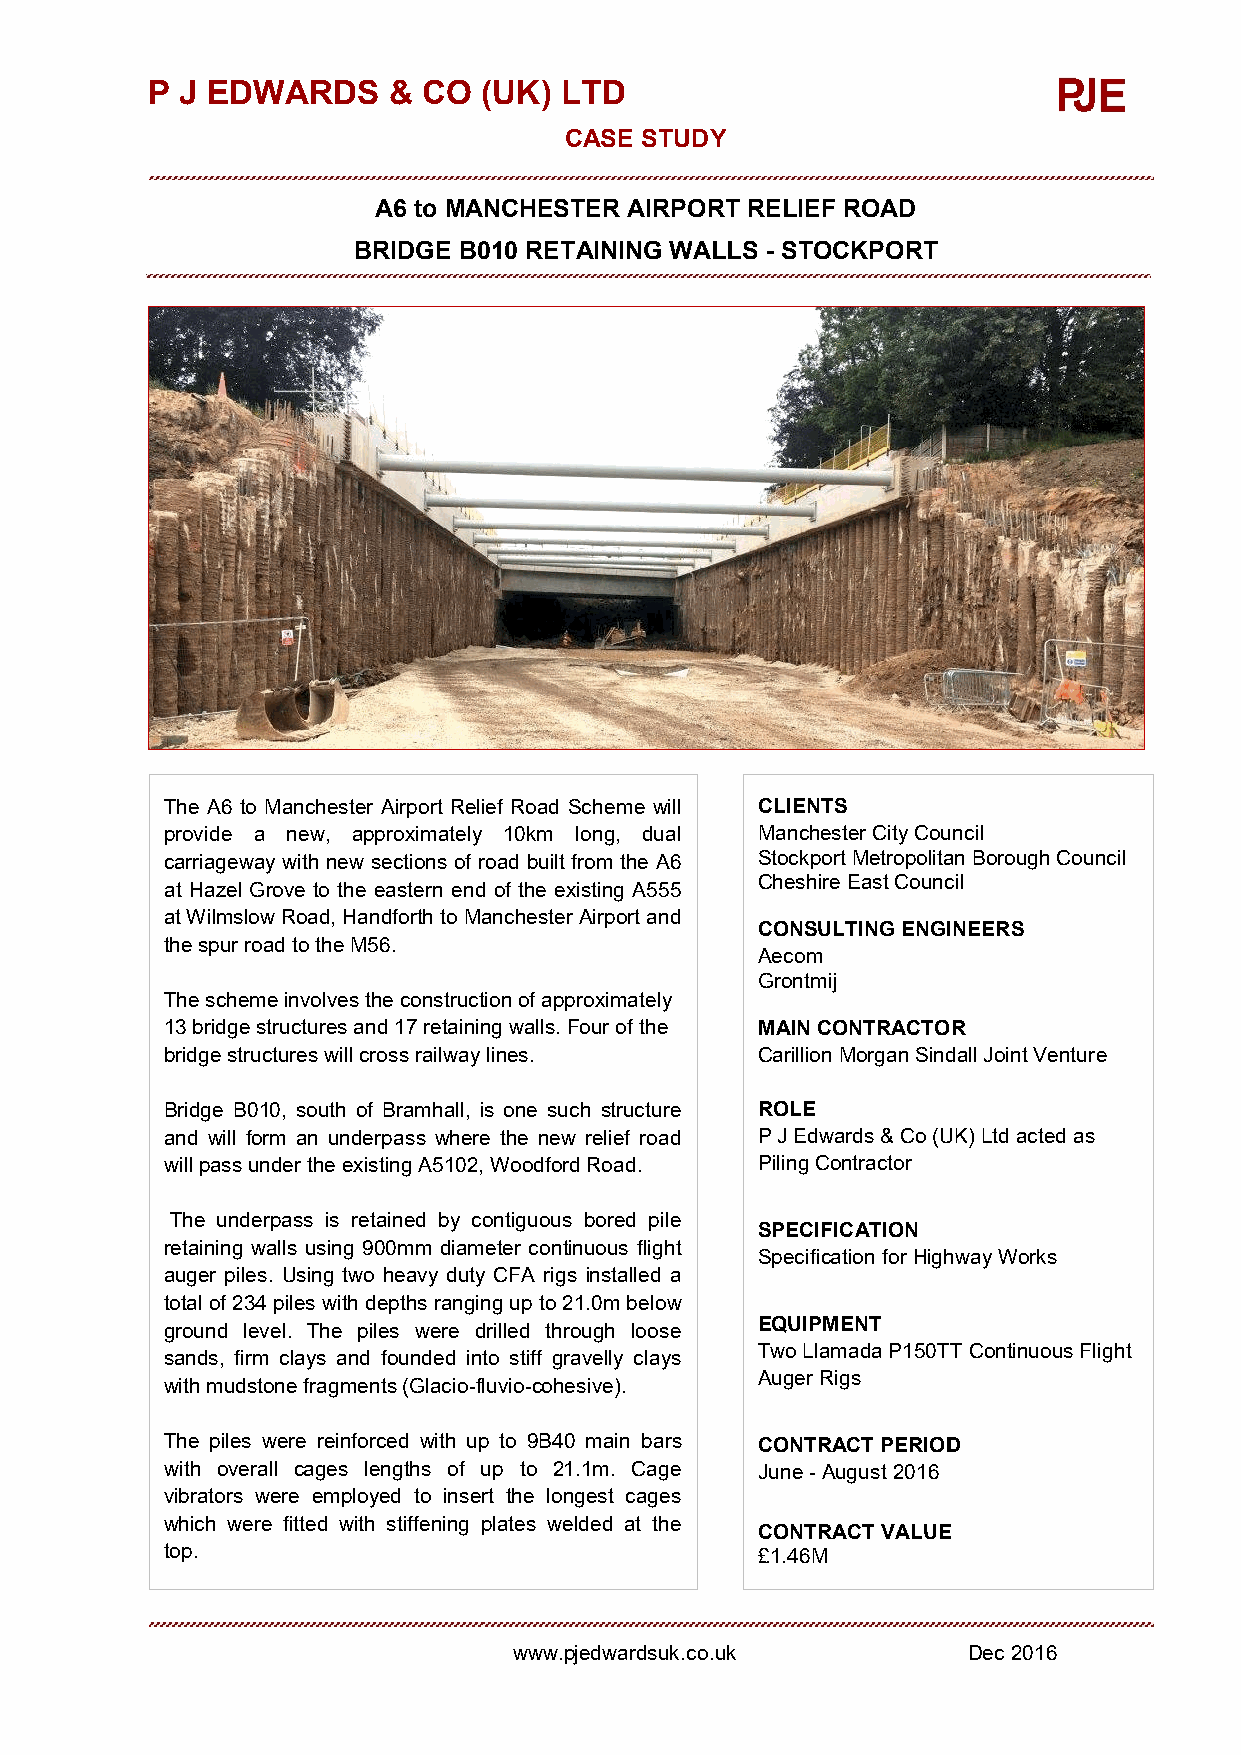
P J EDWARDS     & CO  (UK) LTD
 CASE STUDY
 A6 to MANCHESTER AIRPORT RELIEF ROAD
 BRIDGE B010 RETAINING WALLS - STOCKPORT
 The A6 to Manchester Airport Relief Road Scheme will CLIENTS
 provide a new, approximately 10km long, dual Manchester City Council
 carriageway with new sections of road built from the A6 Stockport Metropolitan Borough Council
 Cheshire East Council
 at Hazel Grove to the eastern end of the existing A555
 at Wilmslow Road, Handforth to Manchester Airport and
 CONSULTING ENGINEERS
 the spur road to the M56.
 Aecom
 Grontmij
 The scheme involves the construction of approximately
 13 bridge structures and 17 retaining walls. Four of the MAINCONTRACTOR
 bridge structures will cross railway lines. Carillion Morgan Sindall Joint Venture
 Bridge B010, south of Bramhall, is one such structure ROLE
 and will form an underpass where the new relief road P J Edwards & Co (UK) Ltd acted as
 willpass under the existing A5102, Woodford Road. PilingContractor
 The underpass is retained by contiguous bored pile
 SPECIFICATION
 retaining walls using 900mm diameter continuous flight
 Specification forHighway Works
 auger piles. Using two heavy duty CFA rigs installed a
 total of 234 piles with depths ranging up to 21.0m below
 ground level. The piles were drilled through loose EQUIPMENT
 Two Llamada P150TT Continuous Flight
 sands, firm clays and founded into stiff gravelly clays
 Auger Rigs
 with mudstone fragments (Glacio-fluvio-cohesive).
 The piles were reinforced with up to 9B40 main bars CONTRACT PERIOD
 with overall cages lengths of up to 21.1m. Cage June-August2016
 vibrators were employed to insert the longest cages
 which were fitted with stiffening plates welded at the
 CONTRACT VALUE
 top.                                   £1.46M
 www.pjedwardsuk.co.uk         Dec2016